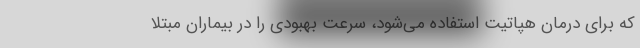
که برای درمان هپاتیت استفاده می‌شود، سرعت بهبودی را در بیماران مبتلا